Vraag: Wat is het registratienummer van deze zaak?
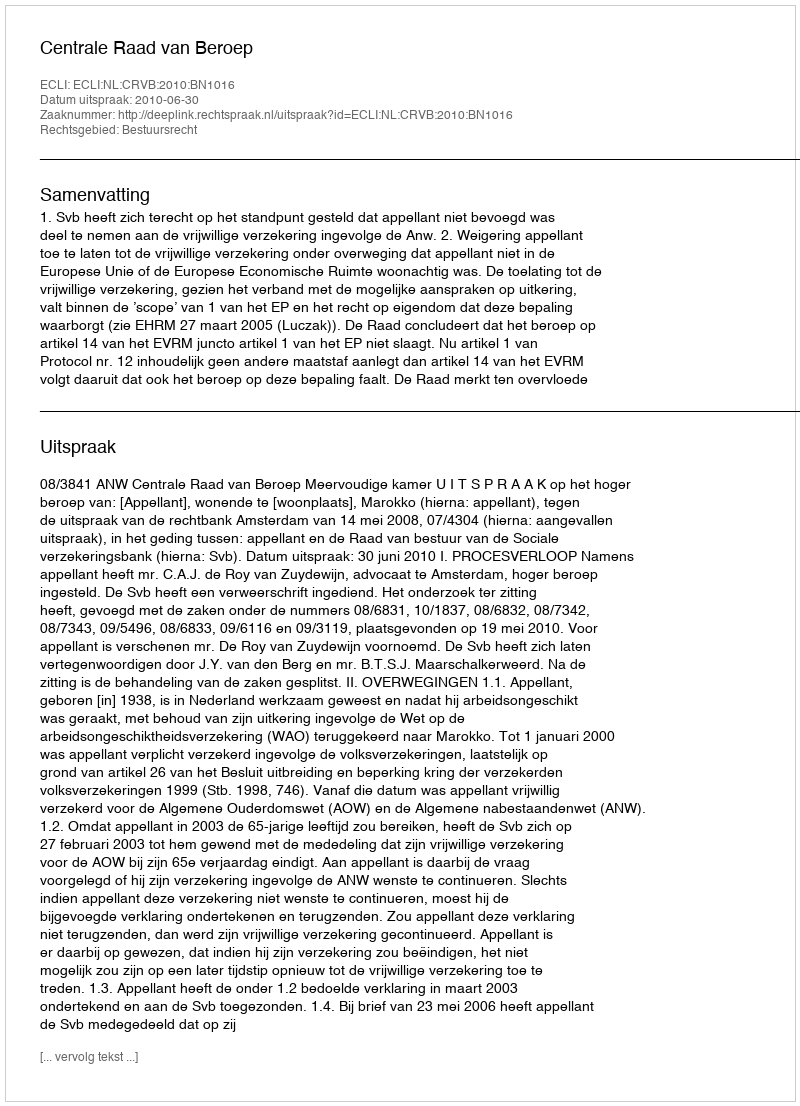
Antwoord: http://deeplink.rechtspraak.nl/uitspraak?id=ECLI:NL:CRVB:2010:BN1016